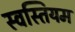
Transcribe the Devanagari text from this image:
स्वस्तियम